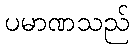
ပမာဏသည်